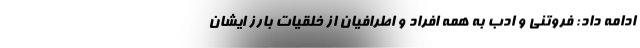
ادامه داد: فروتنی و ادب به همه افراد و اطرافیان از خلقیات بارز ایشان